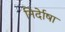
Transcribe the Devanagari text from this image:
निर्देाषा